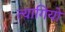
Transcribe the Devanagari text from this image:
त्‍यागियो